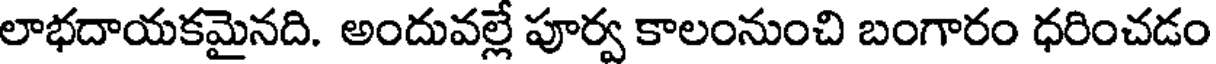
లాభదాయకమైనది. అందువల్లే పూర్వ కాలంనుంచి బంగారం ధరించడం